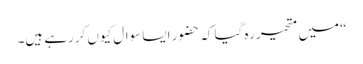
“ میں متحیر رہ گیا کہ حضور ایسا سوال کیوں کررہے ہیں۔